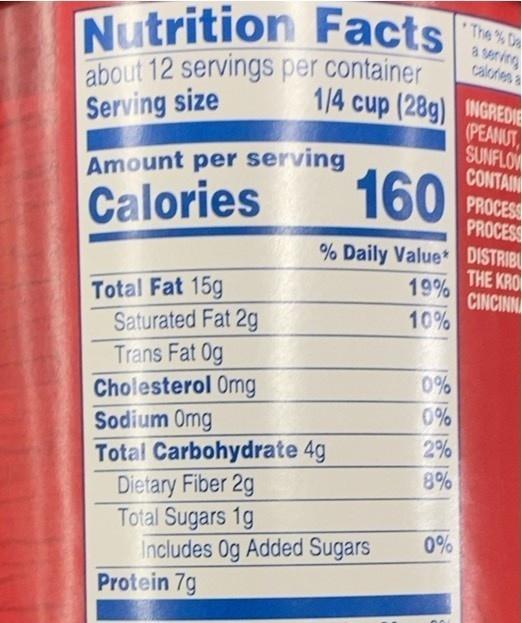
Nutrition Facts about 12 servings per container Serving size
*The % Da a serving calores a
1/4 cup (28g) NGREDIE
Amount per serving 160 Calories
(PEANUT SUNFLOW CONTAIN PROCESS PROCESS
% Daily Value* DISTRIBU
THE KRO 19% CINCINN 10%
Total Fat 15g Saturated Fat 2g Trans Fat 0g Cholesterol Omg Sodium Omg Total Carbohydrate 4g Dietary Fiber 2g Total Sugars 1g Includes Og Added Sugars Protein 7g
0%
0%
2%
8%
0%